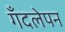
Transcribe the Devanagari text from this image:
गँदलेपन